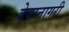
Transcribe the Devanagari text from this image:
देवानागरी